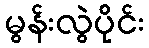
မွန်းလွဲပိုင်း